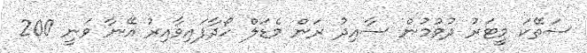
ސަތޭކަ މީޓަރު ދުވުމުން ސާއިދު ރަން މެޑަލް ހޯދާފައިވާއިރު އޭނާ ވަނީ 200